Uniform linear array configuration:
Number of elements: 12
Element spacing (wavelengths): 0.25
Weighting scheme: kaiser
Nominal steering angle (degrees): -30
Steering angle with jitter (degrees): -28.033
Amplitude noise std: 0.05
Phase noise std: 0.05

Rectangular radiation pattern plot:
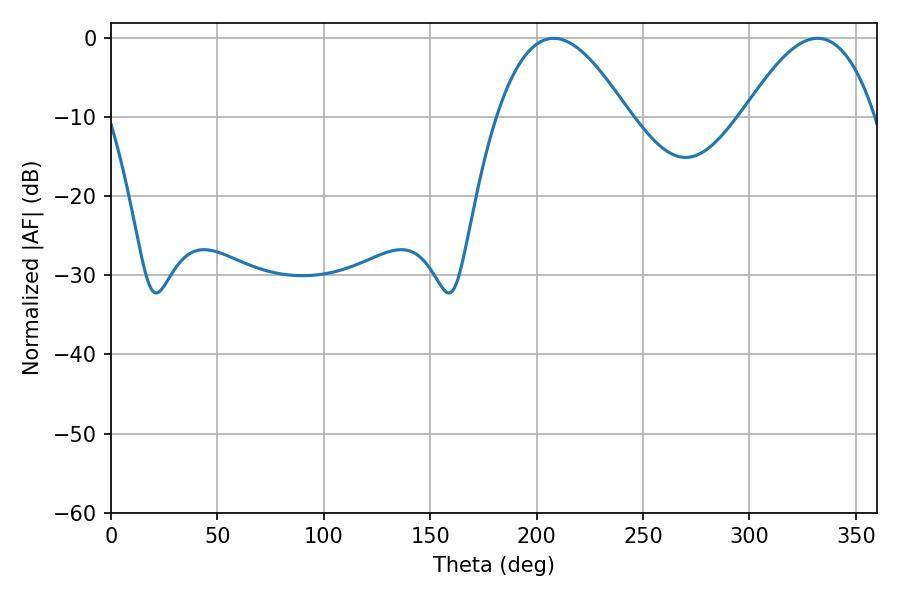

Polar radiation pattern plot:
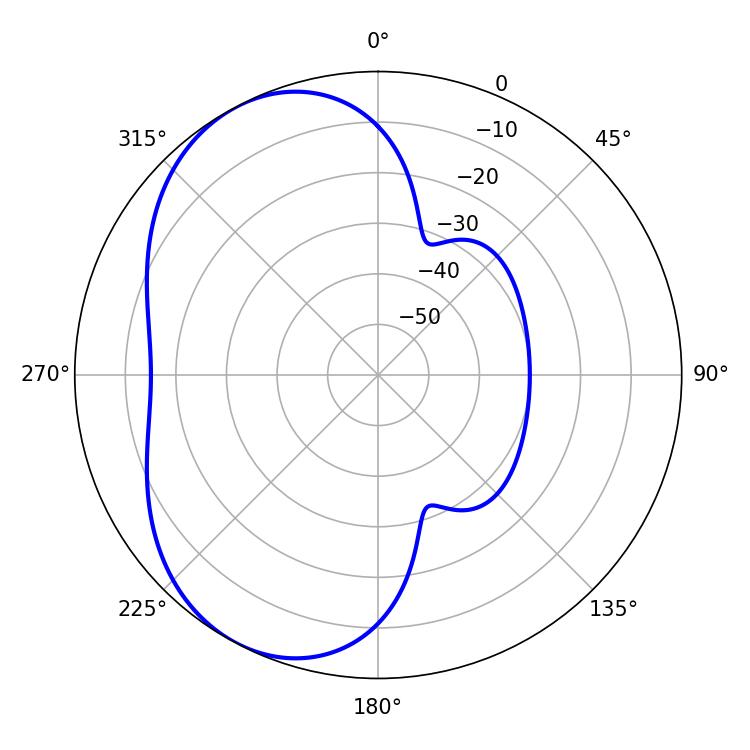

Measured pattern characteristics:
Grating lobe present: FALSE
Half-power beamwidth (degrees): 33.66
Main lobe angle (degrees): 208.08